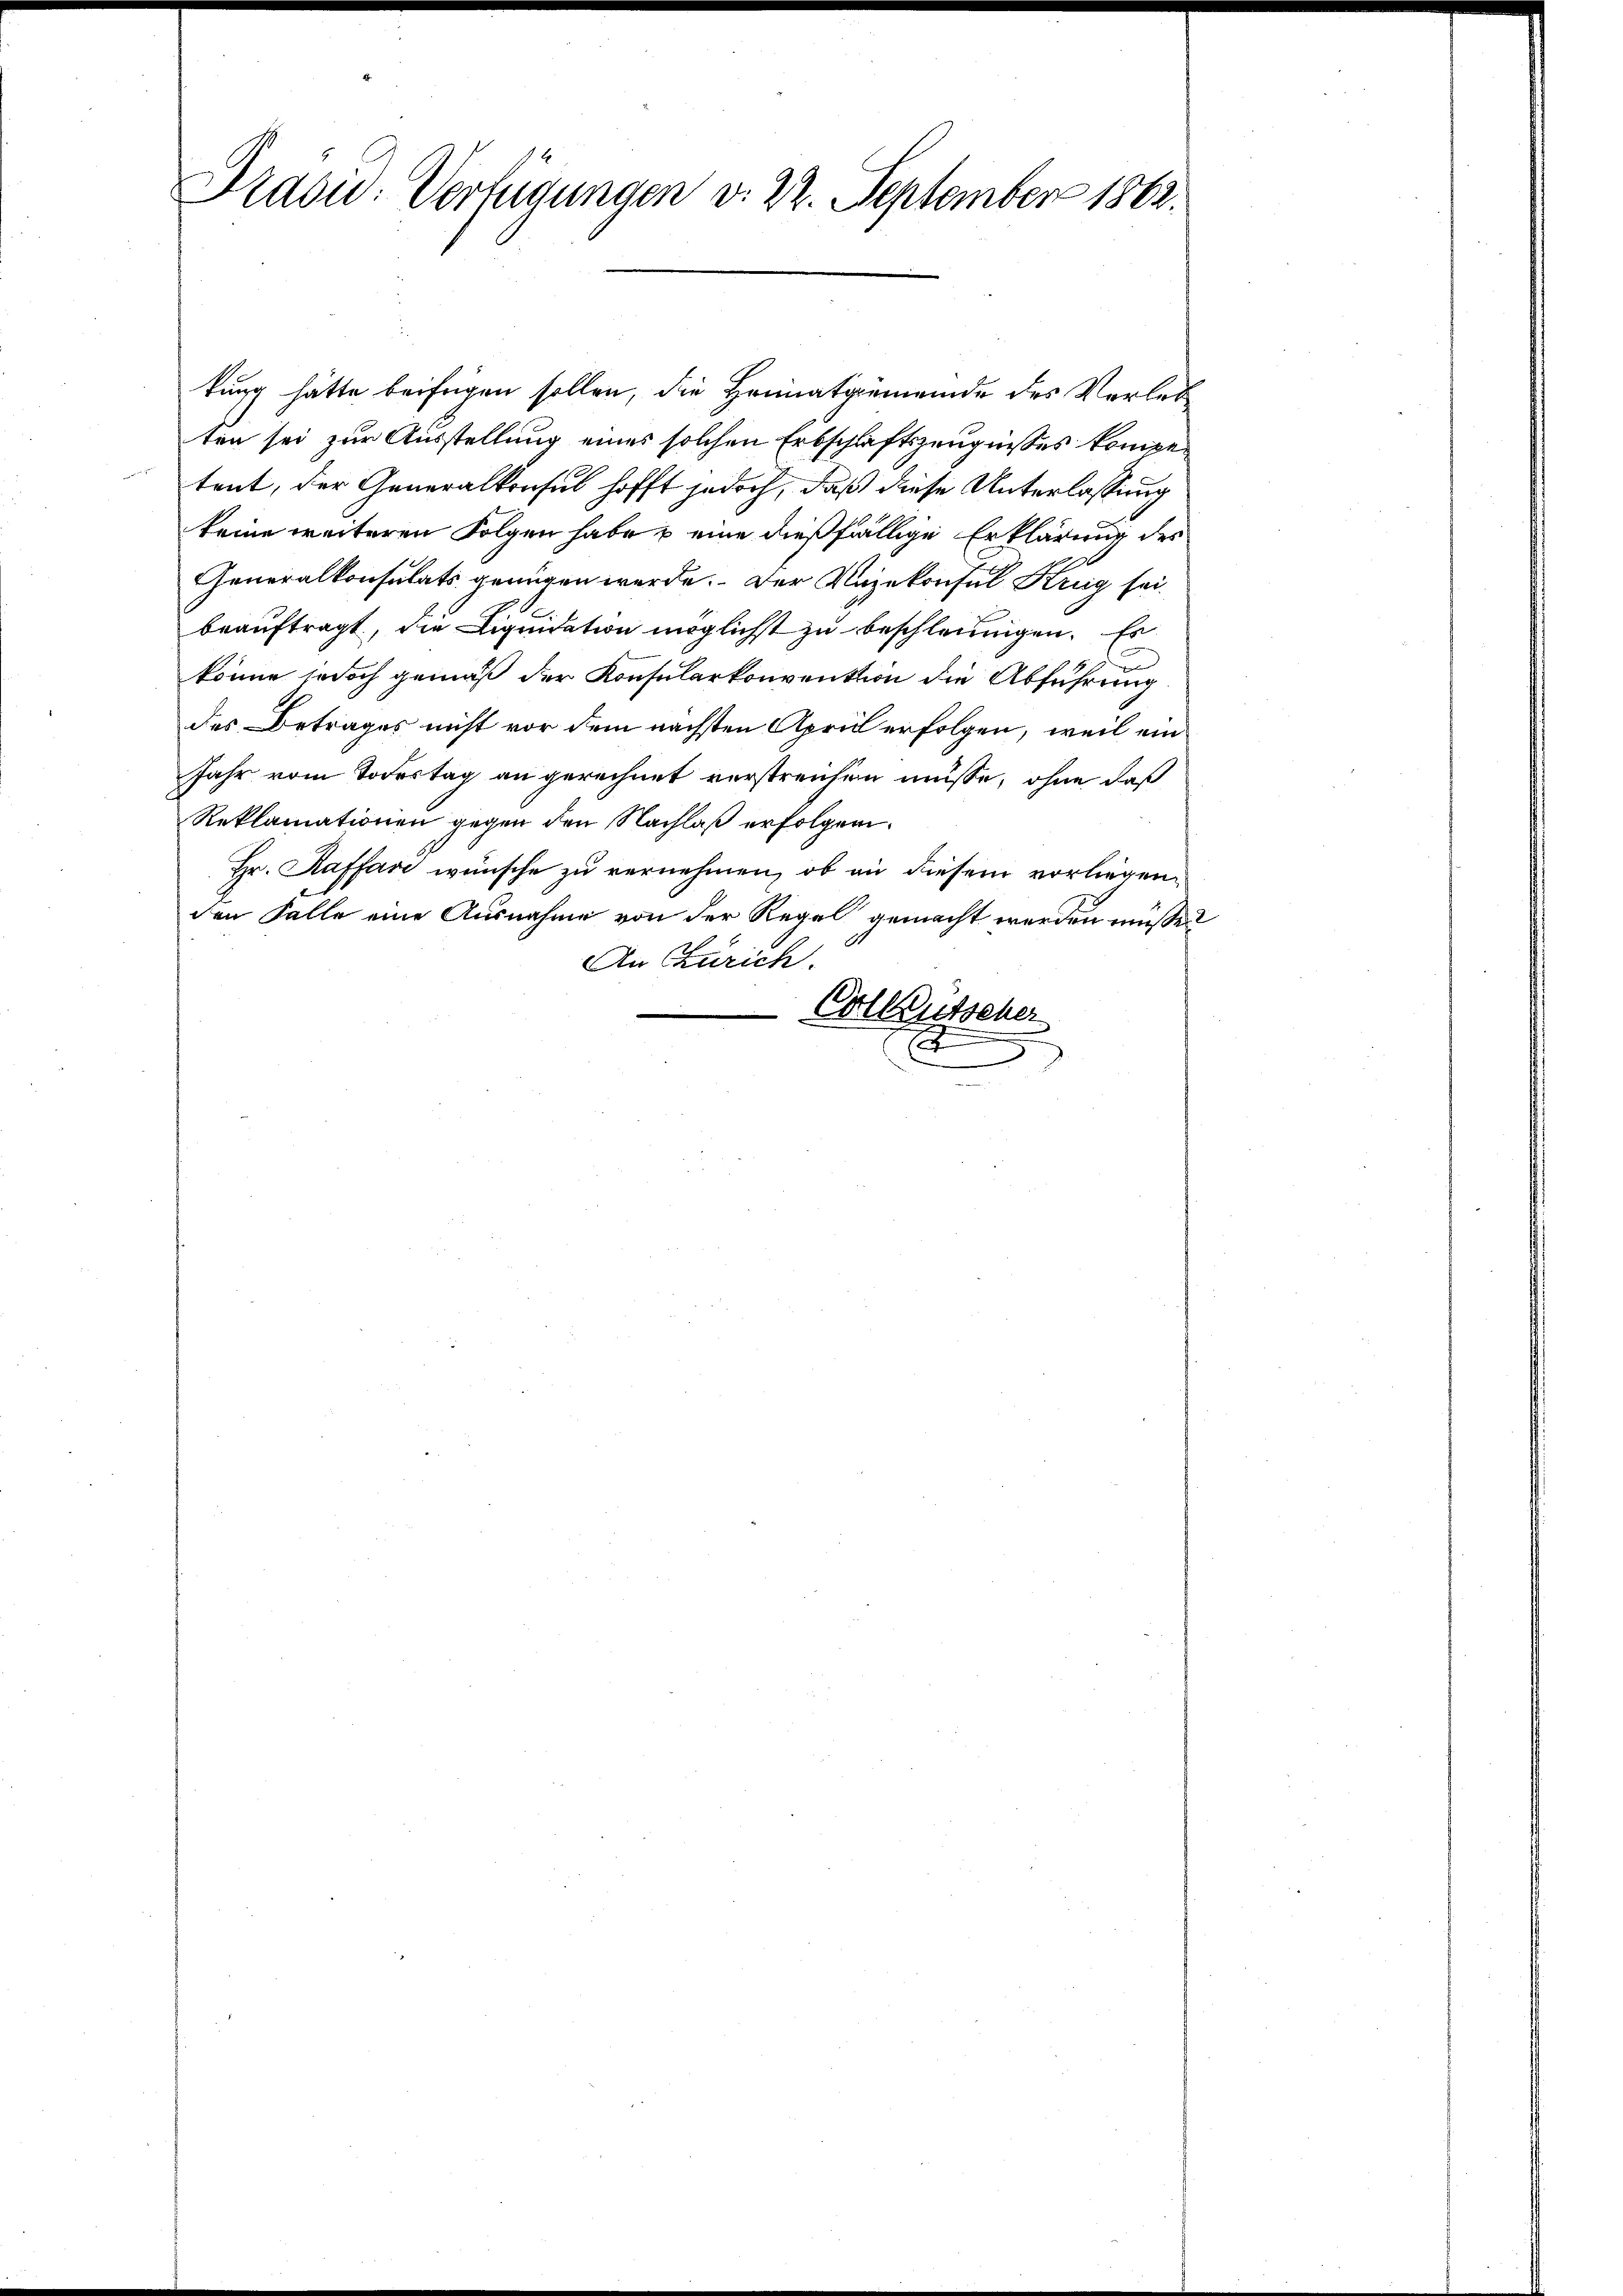
Prasid: Verfügungen v. 22. September 1862.

kung hätte beifügen sollen, die Heimatgemeinde des Verleb
ten sei zur Ausstellung eines solchen Erbschläftszeugnisses kompetent, der Generalkonsul hofft jedoch, daß diese Unterlassung
keine weiteren Folgen habe & eine dießfällige Erklärung des
Generalkonsulats genügen werde. Der Unzekonsul Krug sei
beauftragt, die Liquidation möglichst zu beschleunigen. Es
könne jedoch gemäß der Konsularkonvention die Abführung
des Betrages nicht vor dem nächsten April erfolgen, weil ein
Jahr vom Todestag an gerechnet verstreichen müsse, ohne daß
Reklamationen gegen den Nachlaß erfolgen.
Hr. Raffar wünsche zu vernehmen, ob an diesem vorliegenden Falle eine Ausnahme von der Regel gemacht werden müssen
An Zürich.
Colleutscher